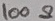
Text: 100Ω